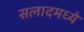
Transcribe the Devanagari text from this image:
सलादमध्ये